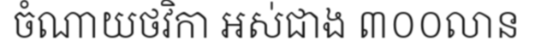
ចំណាយថវិកា អស់ជាង ៣០០លាន